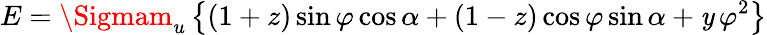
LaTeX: E=\Sigmam_{u}\left\{ (1+z)\sin\varphi\cos\alpha+(1-z)\cos\varphi\sin\alpha+\mathit{y}\, \varphi^{2}\right\}